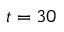
t = 3 0